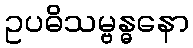
ဥပဓိသမ္ဗန္ဓနော